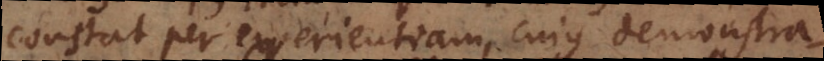
constat per experientiam, cujus demonstra